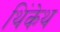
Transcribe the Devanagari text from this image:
थिंकेथ